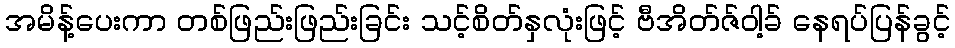
အမိန့်ပေးကာ တစ်ဖြည်းဖြည်းခြင်း သင့်စိတ်နှလုံးဖြင့် ဗီအိတ်ဇ်ဝါ့ခ် နေရပ်ပြန်ခွင့်